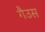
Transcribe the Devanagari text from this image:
गैउस